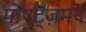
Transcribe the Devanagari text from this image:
गोएट्ज़मन